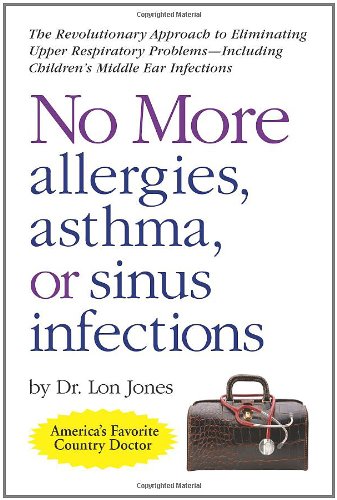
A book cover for No More Allergies, Asthma or Sinus Infections: The Revolutionary Approach; Lon Jones  D.O.; Medical Books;